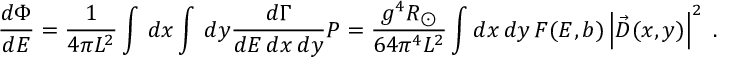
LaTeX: { \frac { d \Phi } { d E } } = { \frac { 1 } { 4 \pi L ^ { 2 } } } \int \, d x \int \, d y { \frac { d \Gamma } { d E \, d x \, d y } } P = { \frac { g ^ { 4 } R _ { \odot } } { 6 4 \pi ^ { 4 } L ^ { 2 } } } \int d x \, d y \, F ( E , b ) \left| \vec { D } ( x , y ) \right| ^ { 2 } \; .